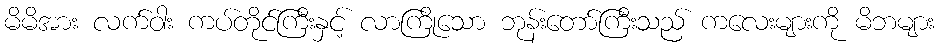
မိမိအား လက်ဝါး ကပ်တိုင်ကြီးနှင့် လာကြိုသော ဘုန်းတော်ကြီးသည် ကလေးများကို မိဘများ